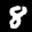
Label: 8